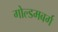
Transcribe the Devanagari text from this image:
गोल्डमबर्ग